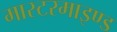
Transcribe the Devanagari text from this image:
मास्टरमाइण्ड